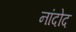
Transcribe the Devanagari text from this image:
नांदोद